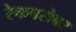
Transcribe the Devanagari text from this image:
रेकबरोबर